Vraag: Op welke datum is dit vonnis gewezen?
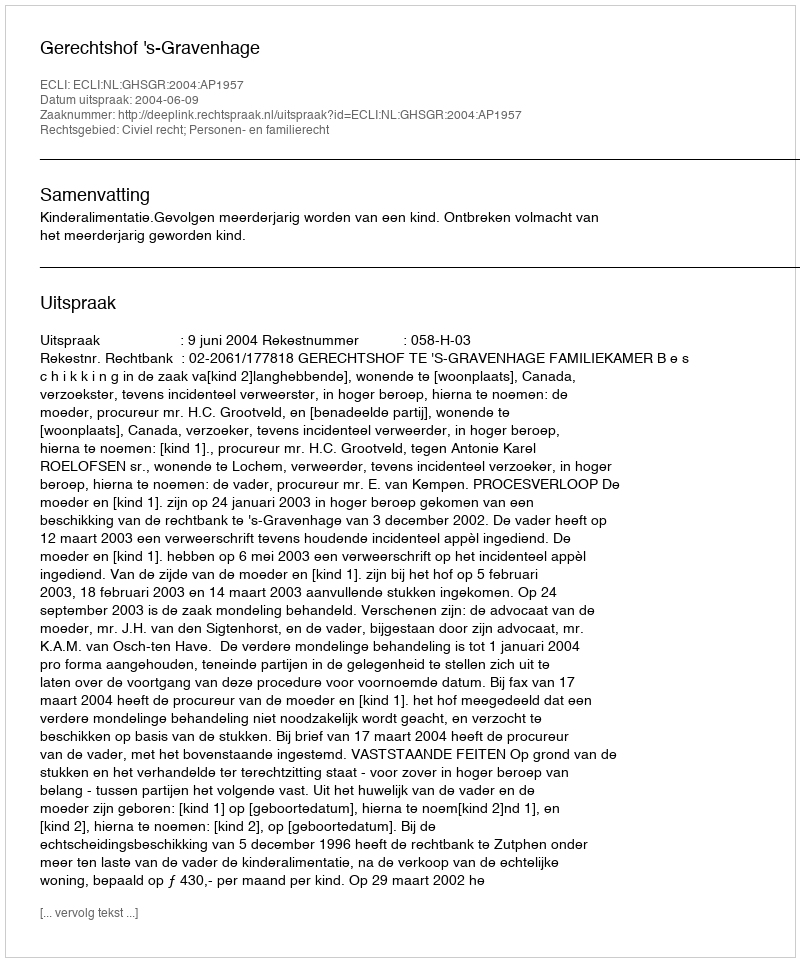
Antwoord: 2004-06-09